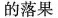
的落果